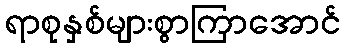
ရာစုနှစ်များစွာကြာအောင်